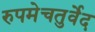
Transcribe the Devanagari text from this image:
रुपमेचतुर्वेद